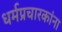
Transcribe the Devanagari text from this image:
धर्मप्रचारकांना